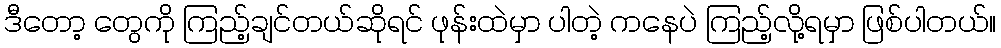
ဒီတော့ တွေကို ကြည့်ချင်တယ်ဆိုရင် ဖုန်းထဲမှာ ပါတဲ့ ကနေပဲ ကြည့်လို့ရမှာ ဖြစ်ပါတယ်။